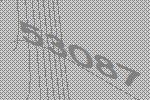
53087